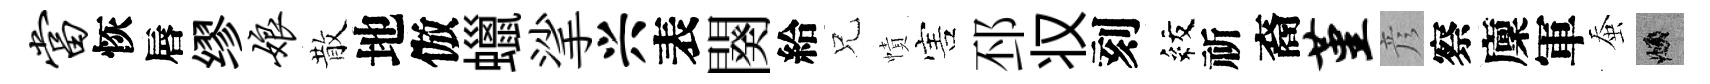
当恢唇缪娘散地倣蠟挲兴表闋給兄幘害邳𠬧刻紋祈裔堇彦察廩軍蚕頫